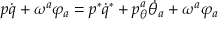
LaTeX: p \dot { q } + \omega ^ { a } \varphi _ { a } = p ^ { * } \dot { q } ^ { * } + p _ { \theta } ^ { a } \dot { \theta } _ { a } + \omega ^ { a } \varphi _ { a }